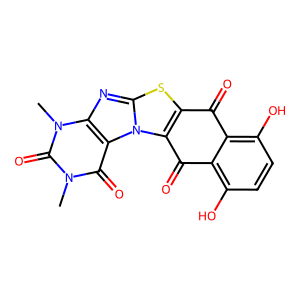
SMILES: Cn1c(=O)c2c(nc3sc4c(n32)C(=O)c2c(O)ccc(O)c2C4=O)n(C)c1=O
Inhibits HIV replication: No